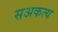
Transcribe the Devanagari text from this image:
सअकत्य